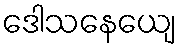
ဒေါသနေယျေ